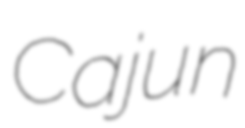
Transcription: Cajun